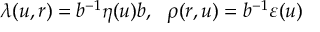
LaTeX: \Gamma ^ { ( n ) } ( 0 , \cdots , 0 ) = \int \prod _ { j = 1 } ^ { n } d x _ { j } \Gamma _ { c } ^ { ( n ) } ( x _ { 1 } , x _ { 2 } , \cdots , x _ { n } )